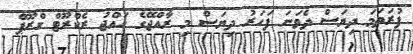
ފުރަތަމަ ދިޔަސް ދެވަނަ ފަހަރު ދިޔަސް މި ރާއްޖޭގެ ހައްޖު ރެކްރޫޓް ގްރޫޕް